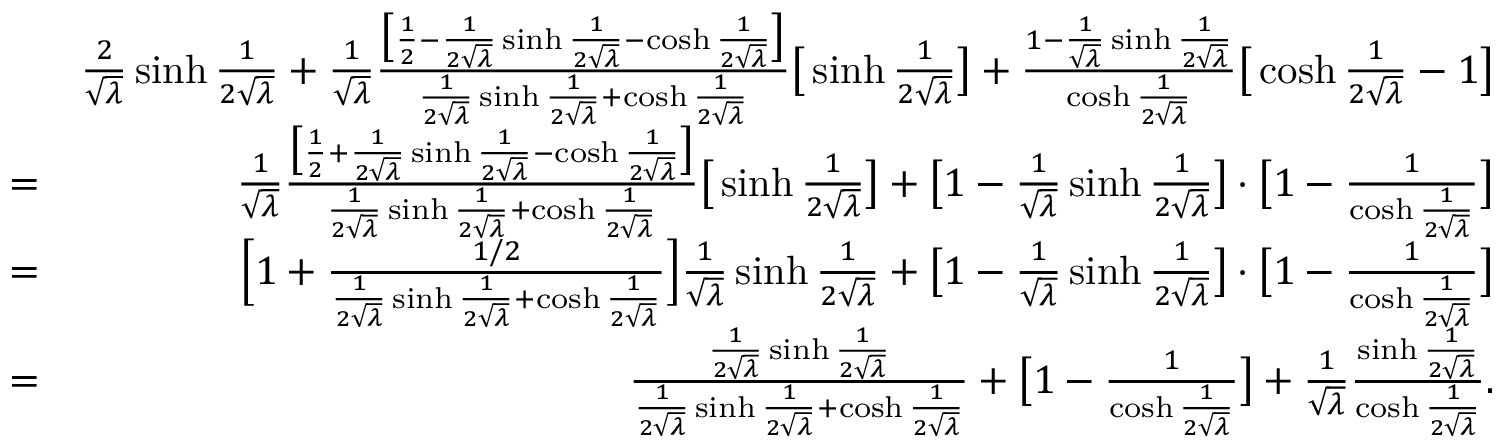
\begin{array} { r l r } & { } & { \frac { 2 } { \sqrt { \lambda } } \sinh \frac { 1 } { 2 \sqrt { \lambda } } + \frac { 1 } { \sqrt { \lambda } } \frac { \big [ \frac { 1 } { 2 } - \frac { 1 } { 2 \sqrt { \lambda } } \sinh \frac { 1 } { 2 \sqrt { \lambda } } - \cosh \frac { 1 } { 2 \sqrt { \lambda } } \big ] } { \frac { 1 } { 2 \sqrt { \lambda } } \sinh \frac { 1 } { 2 \sqrt { \lambda } } + \cosh \frac { 1 } { 2 \sqrt { \lambda } } } \big [ \sinh \frac { 1 } { 2 \sqrt { \lambda } } \big ] + \frac { 1 - \frac { 1 } { \sqrt { \lambda } } \sinh \frac { 1 } { 2 \sqrt { \lambda } } } { \cosh \frac { 1 } { 2 \sqrt { \lambda } } } \big [ \cosh \frac { 1 } { 2 \sqrt { \lambda } } - 1 \big ] } \\ & { = } & { \frac { 1 } { \sqrt { \lambda } } \frac { \big [ \frac { 1 } { 2 } + \frac { 1 } { 2 \sqrt { \lambda } } \sinh \frac { 1 } { 2 \sqrt { \lambda } } - \cosh \frac { 1 } { 2 \sqrt { \lambda } } \big ] } { \frac { 1 } { 2 \sqrt { \lambda } } \sinh \frac { 1 } { 2 \sqrt { \lambda } } + \cosh \frac { 1 } { 2 \sqrt { \lambda } } } \big [ \sinh \frac { 1 } { 2 \sqrt { \lambda } } \big ] + \big [ { 1 - \frac { 1 } { \sqrt { \lambda } } \sinh \frac { 1 } { 2 \sqrt { \lambda } } } \big ] \cdot \big [ 1 - \frac { 1 } { \cosh \frac { 1 } { 2 \sqrt { \lambda } } } \big ] } \\ & { = } & { \Big [ 1 + \frac { 1 / 2 } { \frac { 1 } { 2 \sqrt { \lambda } } \sinh \frac { 1 } { 2 \sqrt { \lambda } } + \cosh \frac { 1 } { 2 \sqrt { \lambda } } } \Big ] \frac { 1 } { \sqrt { \lambda } } \sinh \frac { 1 } { 2 \sqrt { \lambda } } + \big [ { 1 - \frac { 1 } { \sqrt { \lambda } } \sinh \frac { 1 } { 2 \sqrt { \lambda } } } \big ] \cdot \big [ 1 - \frac { 1 } { \cosh \frac { 1 } { 2 \sqrt { \lambda } } } \big ] } \\ & { = } & { \frac { \frac { 1 } { 2 \sqrt { \lambda } } \sinh \frac { 1 } { 2 \sqrt { \lambda } } } { \frac { 1 } { 2 \sqrt { \lambda } } \sinh \frac { 1 } { 2 \sqrt { \lambda } } + \cosh \frac { 1 } { 2 \sqrt { \lambda } } } + \big [ 1 - \frac { 1 } { \cosh \frac { 1 } { 2 \sqrt { \lambda } } } \big ] + \frac { 1 } { \sqrt { \lambda } } \frac { \sinh \frac { 1 } { 2 \sqrt { \lambda } } } { \cosh \frac { 1 } { 2 \sqrt { \lambda } } } . } \end{array}